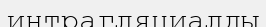
интрагляциалды